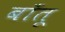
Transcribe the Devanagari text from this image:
बाँतू